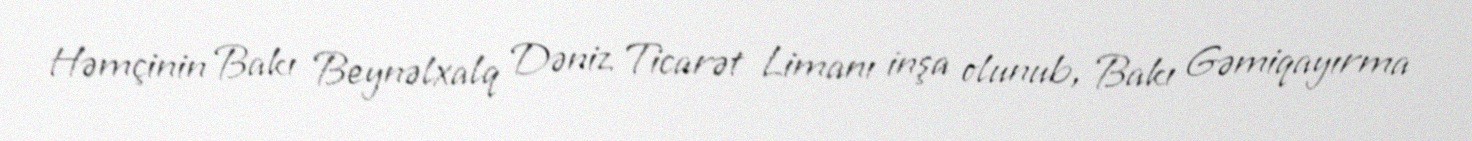
Həmçinin Bakı Beynəlxalq Dəniz Ticarət Limanı inşa olunub, Bakı Gəmiqayırma